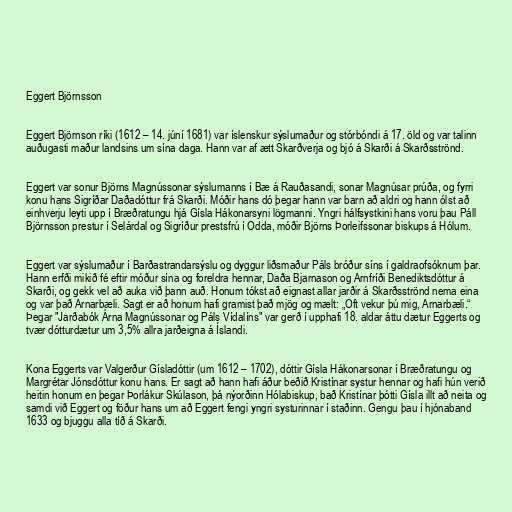
Eggert Björnsson

Eggert Björnson ríki (1612 – 14. júní 1681) var íslenskur sýslumaður og stórbóndi á 17. öld og var talinn
auðugasti maður landsins um sína daga. Hann var af ætt Skarðverja og bjó á Skarði á Skarðsströnd.

Eggert var sonur Björns Magnússonar sýslumanns í Bæ á Rauðasandi, sonar Magnúsar prúða, og fyrri
konu hans Sigríðar Daðadóttur frá Skarði. Móðir hans dó þegar hann var barn að aldri og hann ólst að
einhverju leyti upp í Bræðratungu hjá Gísla Hákonarsyni lögmanni. Yngri hálfsystkini hans voru þau Páll
Björnsson prestur í Selárdal og Sigríður prestsfrú í Odda, móðir Björns Þorleifssonar biskups á Hólum.

Eggert var sýslumaður í Barðastrandarsýslu og dyggur liðsmaður Páls bróður síns í galdraofsóknum þar.
Hann erfði mikið fé eftir móður sína og foreldra hennar, Daða Bjarnason og Arnfríði Benediktsdóttur á
Skarði, og gekk vel að auka við þann auð. Honum tókst að eignast allar jarðir á Skarðsströnd nema eina
og var það Arnarbæli. Sagt er að honum hafi gramist það mjög og mælt: „Oft vekur þú mig, Arnarbæli.“
Þegar "Jarðabók Árna Magnússonar og Páls Vídalíns" var gerð í upphafi 18. aldar áttu dætur Eggerts og
tvær dótturdætur um 3,5% allra jarðeigna á Íslandi.

Kona Eggerts var Valgerður Gísladóttir (um 1612 – 1702), dóttir Gísla Hákonarsonar í Bræðratungu og
Margrétar Jónsdóttur konu hans. Er sagt að hann hafi áður beðið Kristínar systur hennar og hafi hún verið
heitin honum en þegar Þorlákur Skúlason, þá nýorðinn Hólabiskup, bað Kristínar þótti Gísla illt að neita og
samdi við Eggert og föður hans um að Eggert fengi yngri systurinnar í staðinn. Gengu þau í hjónaband
1633 og bjuggu alla tíð á Skarði.